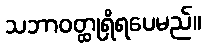
သဘာဝတ္ထုရှိရပေမည်။